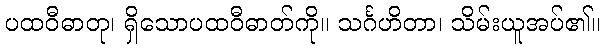
ပထဝီဓာတု၊ ရှိသောပထဝီဓာတ်ကို။ သင်္ဂဟိတာ၊ သိမ်းယူအပ်၏။